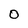
Character: 0